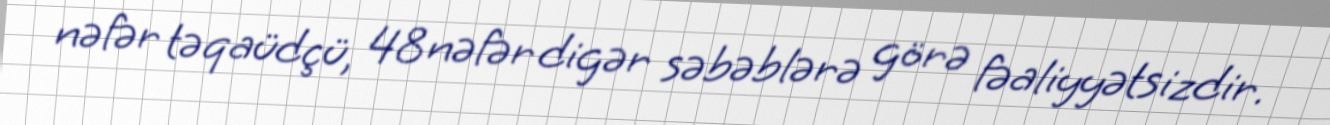
nəfər təqaüdçü, 48 nəfər digər səbəblərə görə fəaliyyətsizdir.